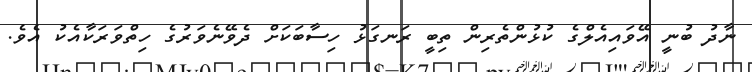
ނާދު ބުނީ އޭވައިއެލްގެ ކުޅުންތެރިން ތިބީ ރަނގަޅު ހިސާބަކަށް ދެވޭނެވަރުގެ ހިތްވަރަކާއެކު އެވެ.